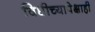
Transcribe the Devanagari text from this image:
विधीच्यापेक्षाही